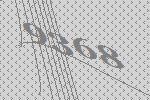
9368